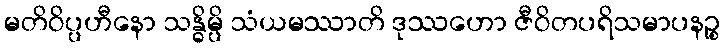
မတိဝိပ္ပဟီနော သန္ဓိမ္ပိ သံယမဿာတိ ဒုဿဟော ဇီဝိတပရိသမာပနဉ္စ